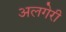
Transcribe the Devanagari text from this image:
अलगेरी